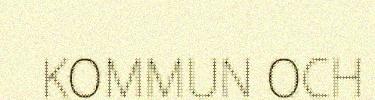
KOMMUN OCH